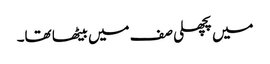
میں پچھلی صف میں بیٹھا تھا۔